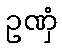
ဥဏှံ